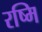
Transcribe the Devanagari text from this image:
रष्मि